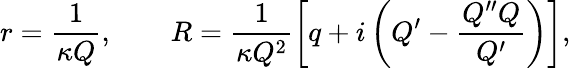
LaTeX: r=\frac{1}{\kappa Q},\qquad R=\frac{1}{\kappa Q^{2}}\left[q+i\left(Q^{\prime}-\frac{Q^{\prime\prime}Q}{Q^{\prime}}\right)\right],